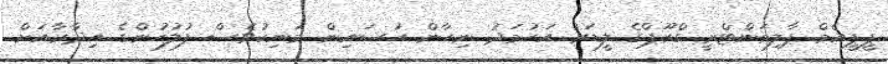
ޕީޕީއެމް ޕާލިމަންޓްރީ ގްރޫޕްގެ ލީޑަރު އަހުމަދު ނިހާން ހުސައިން މަނިކުވެސް ފުލުހުންގެ އިދާރާއަށް